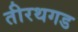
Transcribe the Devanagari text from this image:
तीरथगड